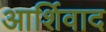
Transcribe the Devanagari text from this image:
आर्शिवाद